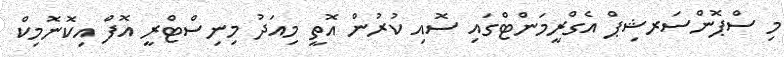
މި ސްޕޮންސަރޝިޕް އެގްރީމަންޓްގައި ސޮއި ކުރުން އޮތީ މިއަދު މިނިސްޓްރީ އޮފް އިކޮނޮމިކް